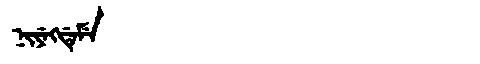
Manchu: ᠨᡳᠶᡝᡴᡩᡝᠮᡝ
Romanization: NIYEKDEME